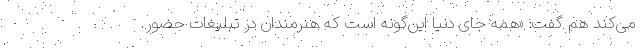
می‌کند هم گفت: «همه جای دنیا این‌گونه است که هنرمندان در تبلیغات حضور